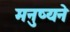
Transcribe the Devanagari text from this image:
मनुष्यने